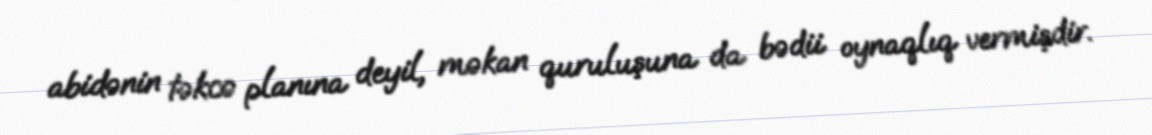
abidənin təkcə planına deyil, məkan quruluşuna da bədii oynaqlıq vermişdir.